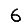
Digit: 6